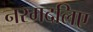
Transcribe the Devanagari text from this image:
नरमदलिए